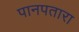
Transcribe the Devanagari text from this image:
पानपतारा